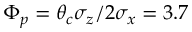
\Phi _ { p } = \theta _ { c } \sigma _ { z } / 2 \sigma _ { x } = 3 . 7